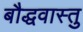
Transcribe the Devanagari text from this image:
बौद्धवास्तु